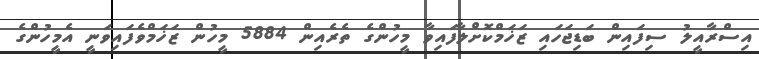
އިސްރާއީލު ސިފައިން ބަޑިޖަހައި ޒަޚަމްކޮށްލާފައިވާ މީހުންގެ ތެރެއިން 5884 މީހުން ޒަޚަމްވެފައިވަނީ އެމީހުންގެ